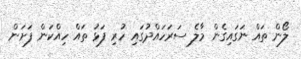
ލޯން ތައް ނަގައިގެން މާލެ ސަރަހައްދުގައި ހުރި ފަޅު ތައް ހިއްކަން ފަށަން